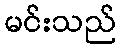
မင်းသည်